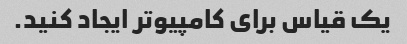
یک قیاس برای کامپیوتر ایجاد کنید.